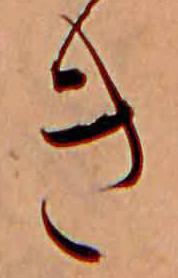
き